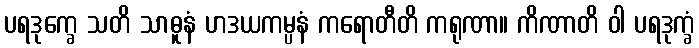
ပရဒုက္ခေ သတိ သာဓူနံ ဟဒယကမ္ပနံ ကရောတီတိ ကရုဏာ။ ကိဏာတိ ဝါ ပရဒုက္ခံ